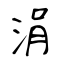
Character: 涓